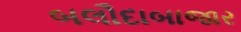
બલૌદાબાજાર